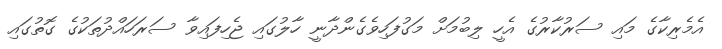
އެމެރިކާގެ މައި ސަރުކާރުގެ އެހީ ލިބުމަށް މަގުފަހިވެގެންދާނީ ހާލުގައި ޖެހިފައިވާ ސަރަހައްދުތަކުގެ ގޮތުގައި